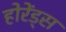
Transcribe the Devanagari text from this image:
होरेंड्स